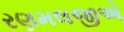
રણમલજીએ